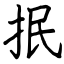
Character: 抿